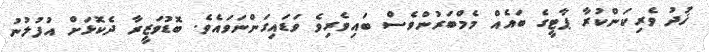
ޚުދު ވެރިކަންކުރާ ޕާޓީގެ ބައެއް މެމްބަރުންވެސް ބައިވެރިވެ ވަޑައިގަންނަވައެވެ. ބޮޑުވަޒީރާ ދެކޮޅަށް އުފުލުނު